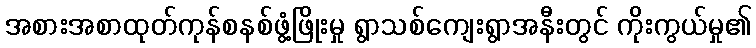
အစားအစာထုတ်ကုန်စနစ်ဖွံ့ဖြိုးမှု ရွာသစ်ကျေးရွာအနီးတွင် ကိုးကွယ်မှု၏